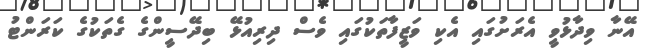
އޭނާ ވިދާޅުވީ އެރަށުގައި އެކި ވަޒީފާތަކުގައި ވެސް ދިރިއުޅޭ ބިދޭސީންގެ ގެތަކުގެ ކަރަންޓު